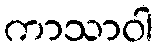
ကာသာဝါ